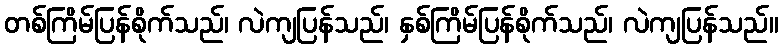
တစ်ကြိမ်ပြန်စိုက်သည်၊ လဲကျပြန်သည်၊ နှစ်ကြိမ်ပြန်စိုက်သည်၊ လဲကျပြန်သည်။